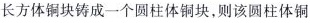
长方体铜块铸成一个圆柱体铜块，则该圆柱体铜